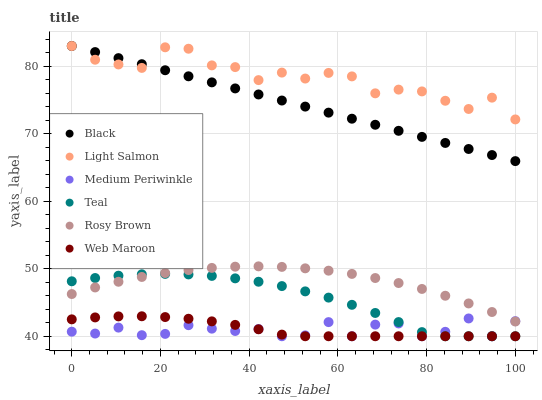
| xaxis_label | Black | Light Salmon | Medium Periwinkle | Teal | Rosy Brown | Web Maroon |
 | --- | --- | --- | --- | --- | --- | --- |
 | 0 | 83 | 83 | 40.7 | 48.1 | 46.3 | 42.5 |
 | 5.26 | 82.1 | 81 | 40.4 | 48.6 | 47.2 | 42.8 |
 | 10.5 | 81.2 | 80.3 | 41.3 | 49 | 48.1 | 42.9 |
 | 15.8 | 80.3 | 79.8 | 40.2 | 49.2 | 48.8 | 43 |
 | 21.1 | 79.4 | 82.8 | 40.3 | 49.2 | 49.4 | 42.8 |
 | 26.3 | 78.5 | 82.6 | 41.6 | 49.2 | 49.8 | 42.6 |
 | 31.6 | 77.6 | 80.1 | 41.1 | 48.9 | 50.1 | 42.2 |
 | 36.8 | 76.7 | 79.9 | 40.8 | 48.6 | 50.3 | 41.7 |
 | 42.1 | 75.8 | 77.9 | 41.1 | 48.1 | 50.4 | 41 |
 | 47.4 | 74.9 | 79.1 | 40 | 47.4 | 50.3 | 40.2 |
 | 52.6 | 74 | 78.2 | 40.1 | 46.6 | 50.1 | 40 |
 | 57.9 | 73.1 | 79 | 42.1 | 45.7 | 49.7 | 40 |
 | 63.2 | 72.2 | 78.5 | 40 | 44.7 | 49.2 | 40 |
 | 68.4 | 71.3 | 76 | 41.7 | 43.5 | 48.6 | 40 |
 | 73.7 | 70.4 | 76.5 | 41.9 | 42.1 | 47.9 | 40 |
 | 78.9 | 69.5 | 76.3 | 40 | 40.6 | 47 | 40 |
 | 84.2 | 68.6 | 74.9 | 40.7 | 40 | 46 | 40 |
 | 89.5 | 67.7 | 73.7 | 42.6 | 40 | 44.9 | 40 |
 | 94.7 | 66.8 | 75.3 | 40 | 40 | 43.6 | 40 |
 | 100 | 65.9 | 72.1 | 42.2 | 40 | 42.2 | 40 |